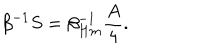
LaTeX: \beta ^ { - 1 } S = \beta _ { H m } ^ { - 1 } { \frac { A } { 4 } } .